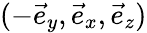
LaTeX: (-\vec{e}_{y},\vec{e}_{x},\vec{e}_{z})